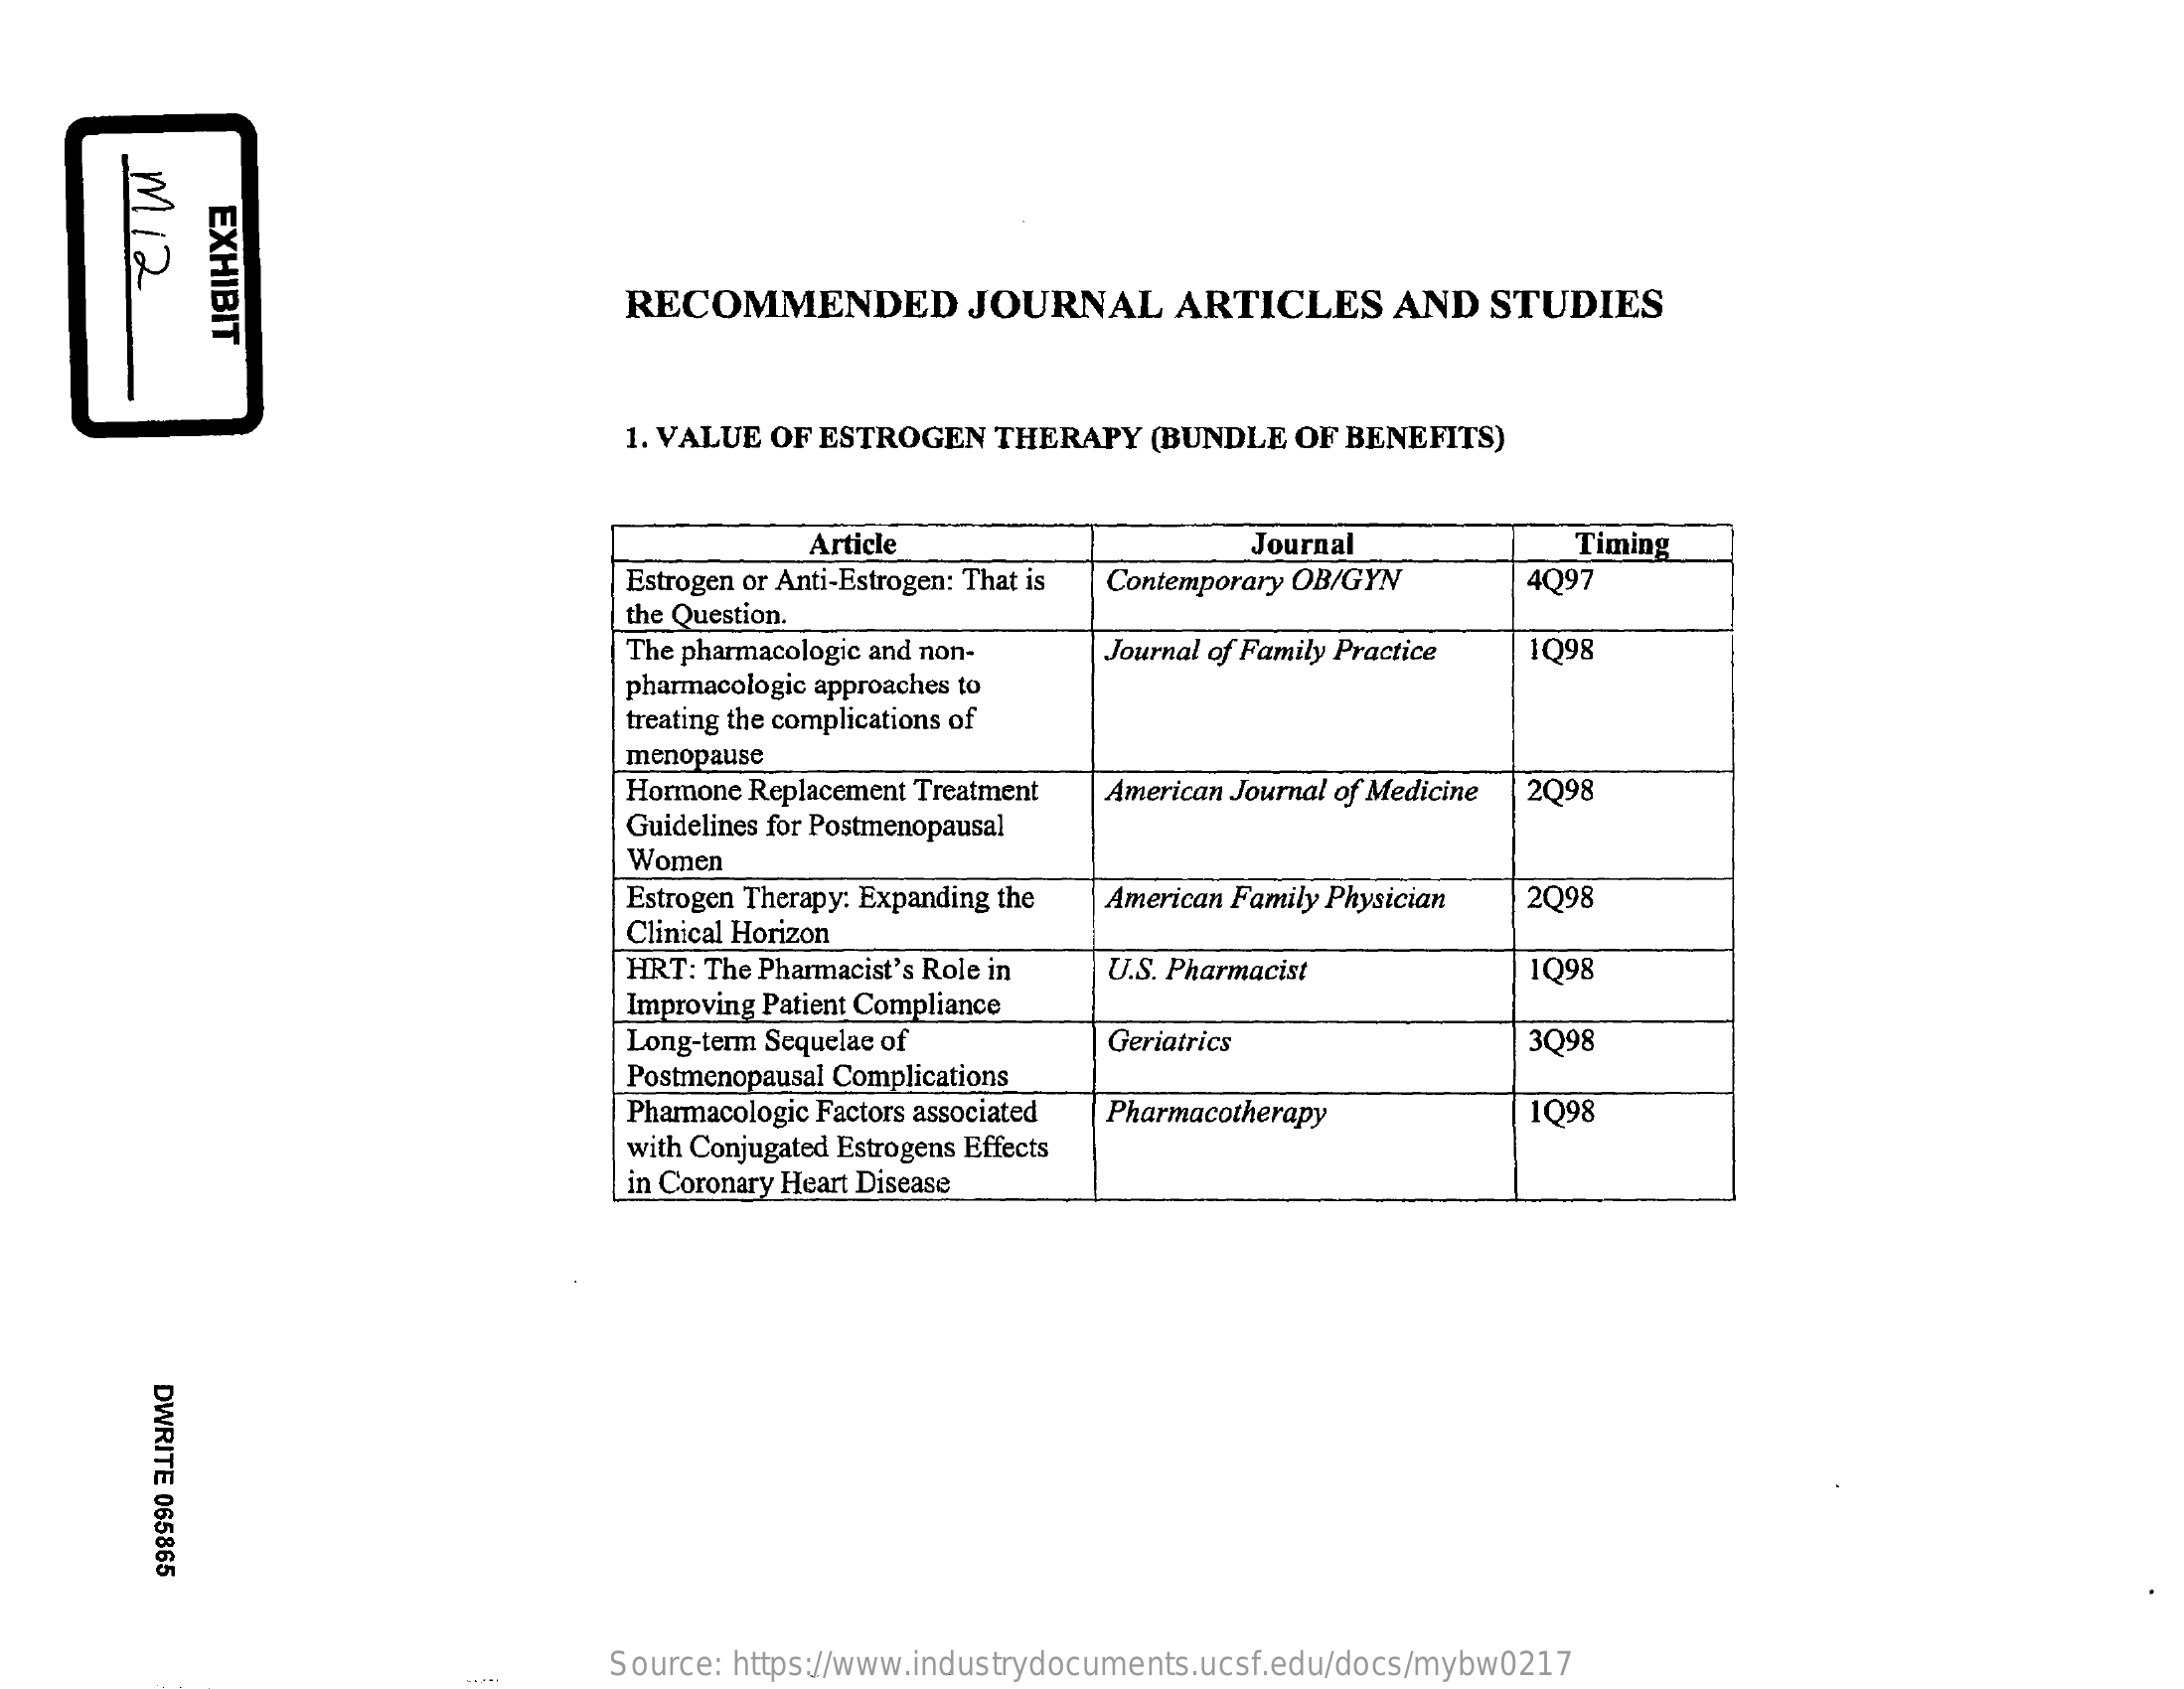
m12
     EXHIBIT
     RECOMMENDED    JOURNAL    ARTICLES    AND  STUDIES
     1. VALUE OF ESTROGEN  THERAPY   (BUNDLE  OF BENEFITS)
     Article    Journal    Timing
     Estrogen or Anti-Estrogen: That is Contemporary OB/GYN 4097
     the Question.
     The pharmacologic and non-   Journal of Family Practice 1098
     pharmacologic approaches to
     treating the complications of
     menopause
     Hormone Replacement Treatment
     Guidelines for Postmenopausal
     American Journal of Medicine 2098
     Women
     Estrogen Therapy: Expanding the
     Clinical Horizon
     American Family Physician 2Q98
     HRT: The Pharmacist's Role in U.S. Pharmacist    1Q98
     Improving Patient Compliance
     Long-term Sequelae of    Geriatrics    3Q98
     Postmenopausal Complications
     Pharmacologic Factors associated Pharmacotherapy    1098
     with Conjugated Estrogens Effects
     in Coronary Heart Disease
     DWRITE
     065865
     Source: https://www.industrydocuments.ucsf.edu/docs/mybw0217